Sanitation, dispensaries and jails vaccination Rajputana 1922-1927 - 1922-1927
Year: 1922
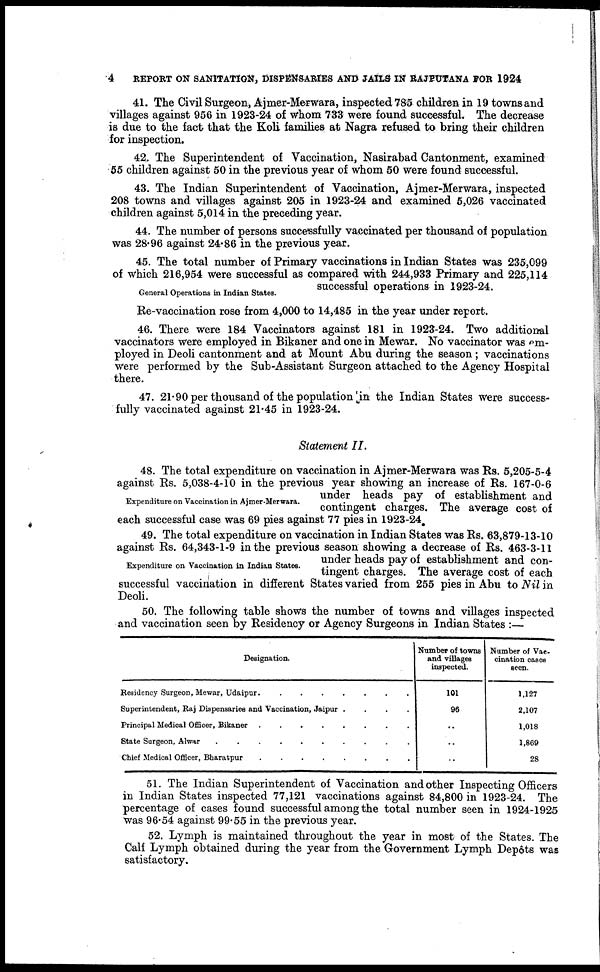
4
REPORT ON SANITATION, DISPENSARIES AND JAILS IN RAJPUTANA FOR 1924
41. The Civil Surgeon, Ajmer-Merwara, inspected 785 children in 19 townsand
villages against 956 in 1923-24 of whom 733 were found successful. The decrease
is due to the fact that the Koli families at Nagra refused to bring their children
for inspection.
42. The Superintendent of Vaccination, Nasirabad Cantonment, examined
55 children against 50 in the previous year of whom 50 were found successful.
43. The Indian Superintendent of Vaccination, Ajmer-Merwara, inspected
208 towns and villages against 205 in 1923-24 and examined 5,026 vaccinated
children against 5,014 in the preceding year.
44. The number of persons successfully vaccinated per thousand of population
was 28.96 against 24.86 in the previous year.
General Operations in Indian Statea.
45. The total number of Primary vaccinations in Indian States was 235,099
of which 216,954 were successful as compared with 244,933 Primary and 225,114
successful operations in 1923-24.
Re-vaccination rose from 4,000 to 14,485 in the year under report.
46. There were 184 Vaccinators against 181 in 1923-24. Two additional
vaccinators were employed in Bikaner and one in Mewar. No vaccinator was em-
ployed in Deoli cantonment and at Mount Abu during the season ; vaccinations
were performed by the Sub-Assistant Surgeon attached to the Agency Hospital
there.
47. 21.90 per thousand of the population in the Indian States were success-
fully vaccinated against 21.45 in 1923-24.
Statement II.
Expenditure on Vaccination in Ajmer-Merwara.
48. The total expenditure on vaccination in Ajmer-Merwara was Rs. 5,205-5-4
against Rs. 5,038-4-10 in the previous year showing an increase of Rs. 167-0-6
under heads pay of establishment and
contingent charges. The average cost of
each successful case was 69 pies against 77 pies in 1923-24.
Expenditure on Vaccination in Indian States.
49. The total expenditure on vaccination in Indian States was Rs. 63,879-13-10
against Rs. 64,343-1-9 in the previous season showing a decrease of Rs. 463-3-11
under heads pay of establishment and con-
tingent charges. The average cost of each
successful vaccination in different States varied from 255 pies in Abu to Nil in
Deoli.
50. The following table shows the number of towns and villages inspected
and vaccination seen by Residency or Agency Surgeons in Indian States :—
Designation.
Residency Surgean, Mewar, Udaipur . . . . . . . .
Superintendent, Raj Dispensaries and Vaccination, Jaipur .
.
.
.
Principal Medical Officer, Bikaner . . . . . . . .
State Suragen, Alwar . . . . . . . . . .
Chief Medical Officer, Bharatpur
.
.
.
.
.
.
.
.
Number of towns
and villages
inspected.
101
96
..
..
..
Number of Vac-
cination cases
seen.
1,127
2,107
1,018
1,869
28
51. The Indian Superintendent of Vaccination and other Inspecting Officers
in Indian States inspected 77,121 vaccinations against 84,800 in 1923-24. The
percentage of cases found successful among the total number seen in 1924-1925
was 96.54 against 99.55 in the previous year.
52. Lymph is maintained throughout the year in most of the States. The
Calf Lymph obtained during the year from the Government Lymph Depôts was
satisfactory.